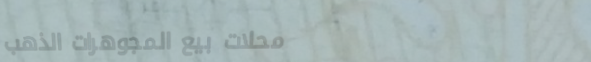
محلات بيع المجوهرات الذهب